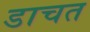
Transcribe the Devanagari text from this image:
डाचत